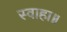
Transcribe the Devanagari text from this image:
स्वाहा॥